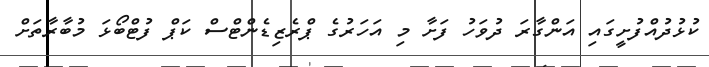
ކުޅުދުއްފުށީގައި އަންގާރަ ދުވަހު ފަށާ މި އަހަރުގެ ޕްރެޒިޑެންޓްސް ކަޕް ފުޓްބޯޅަ މުބާރާތަށް